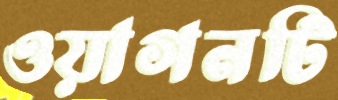
ওয়াগনটি